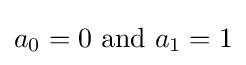
a_{0}=0\ {\text{and}}\ a_{1}=1